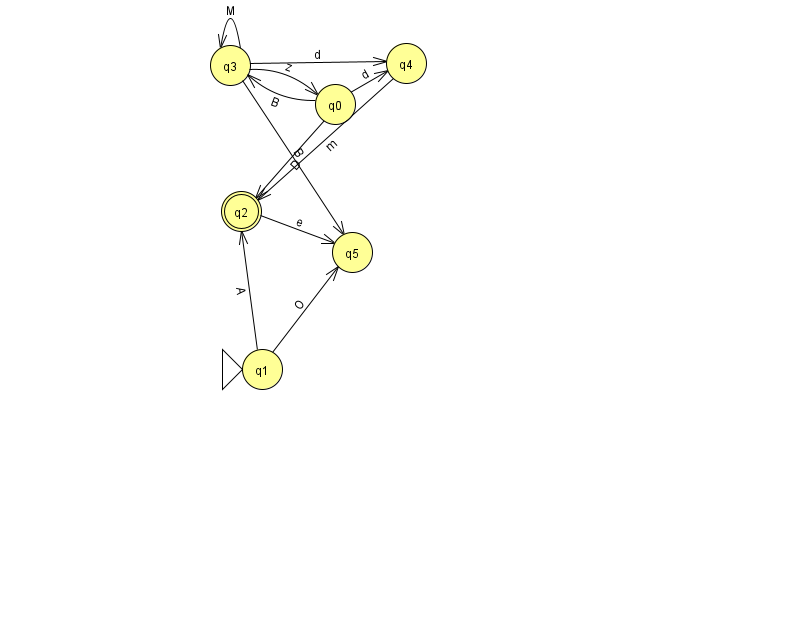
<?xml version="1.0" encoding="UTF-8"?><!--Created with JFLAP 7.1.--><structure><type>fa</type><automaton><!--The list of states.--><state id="0" name="q0"><x>335.0</x><y>91.0</y></state><state id="1" name="q1"><x>262.0</x><y>356.0</y><initial/></state><state id="2" name="q2"><x>241.0</x><y>198.0</y><final/></state><state id="3" name="q3"><x>230.0</x><y>52.0</y></state><state id="4" name="q4"><x>406.0</x><y>50.0</y></state><state id="5" name="q5"><x>352.0</x><y>239.0</y></state><!--The list of transitions.--><transition><from>2</from><to>5</to><read>e</read></transition><transition><from>3</from><to>0</to><read>z</read></transition><transition><from>0</from><to>2</to><read>D</read></transition><transition><from>1</from><to>2</to><read>A</read></transition><transition><from>3</from><to>4</to><read>d</read></transition><transition><from>4</from><to>2</to><read>m</read></transition><transition><from>0</from><to>3</to><read>B</read></transition><transition><from>3</from><to>5</to><read>B</read></transition><transition><from>3</from><to>3</to><read>M</read></transition><transition><from>0</from><to>4</to><read>d</read></transition><transition><from>1</from><to>5</to><read>O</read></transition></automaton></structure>